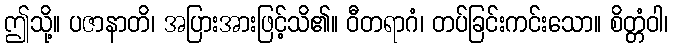
ဤသို့။ ပဇာနာတိ၊ အပြားအားဖြင့်သိ၏။ ဝီတရာဂံ၊ တပ်ခြင်းကင်းသော။ စိတ္တံဝါ၊